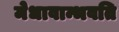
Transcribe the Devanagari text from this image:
मेधावान्भवति